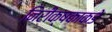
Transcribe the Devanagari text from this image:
निरीक्षकाकडे